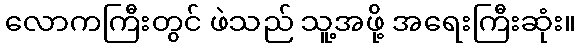
လောကကြီးတွင် ဖဲသည် သူ့အဖို့ အရေးကြီးဆုံး။